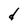
Character: d